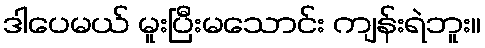
ဒါပေမယ် မူးပြီးမသောင်း ကျန်းရဲဘူး။